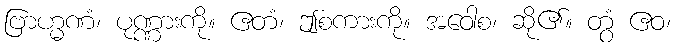
ဗြာဟ္မဏံ၊ ပုဏ္ဏားကို။ ဧတံ၊ ဤစကားကို။ အဝေါစ၊ ဆို၏။ တွံ ဧဝ၊